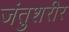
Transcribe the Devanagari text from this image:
जंतुशरीर